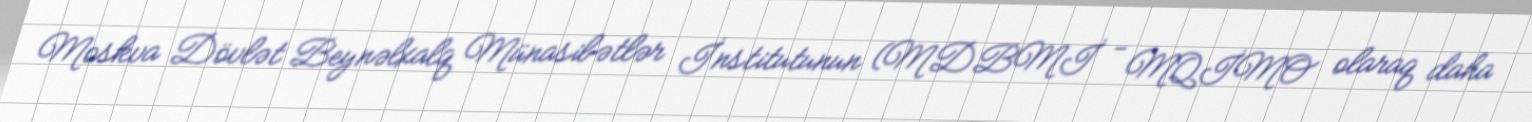
Moskva Dövlət Beynəlxalq Münasibətlər İnstitutunun (MDBMİ - MQİMO olaraq daha